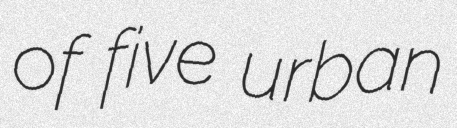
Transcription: of five urban